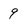
Character: 9